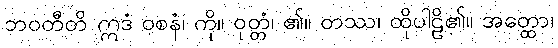
ဘဝတီတိ ဣဒံ ဝစနံ၊ ကို။ ဝုတ္တံ၊ ၏။ တဿ၊ ထိုပါဠိ၏။ အတ္ထော၊